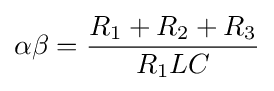
\alpha \beta ={\frac {R_{1}+R_{2}+R_{3}}{R_{1}LC}}